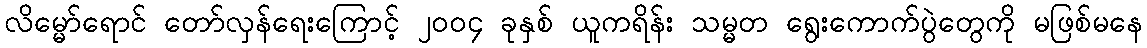
လိမ္မော်ရောင် တော်လှန်ရေးကြောင့် ၂၀၀၄ ခုနှစ် ယူကရိန်း သမ္မတ ရွေးကောက်ပွဲတွေကို မဖြစ်မနေ